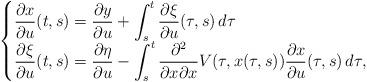
LaTeX: \begin{align*}\begin{cases}\displaystyle \frac{\partial x}{\partial u}(t,s)=\frac{\partial y}{\partial u}+\int_s^t \frac{\partial \xi}{\partial u}(\tau,s)\, d\tau\\ \displaystyle\frac{\partial \xi}{\partial u}(t,s)=\frac{\partial \eta}{\partial u}-\int_s^t \frac{\partial^2}{\partial x\partial x } V(\tau,x(\tau,s)) \frac{\partial x}{\partial u}(\tau,s)\, d\tau,\end{cases}\end{align*}